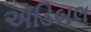
એડિબલ